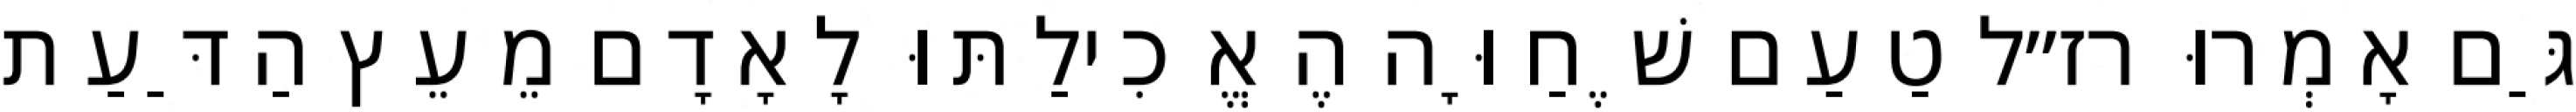
גַּם אָמְרוּ רז״ל טַעַם שֶׁחַוָּה הֶאֱכִילַתּוּ לָאָדָם מֵעֵץ הַדַּעַת